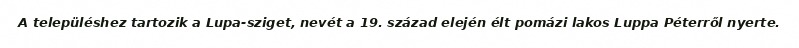
A településhez tartozik a Lupa-sziget, nevét a 19. század elején élt pomázi lakos Luppa Péterről nyerte.